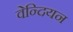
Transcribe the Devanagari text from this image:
वेन्दियन